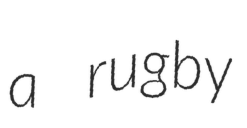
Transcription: a rugby